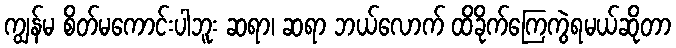
ကျွန်မ စိတ်မကောင်းပါဘူး ဆရာ၊ ဆရာ ဘယ်လောက် ထိခိုက်ကြေကွဲရမယ်ဆိုတာ